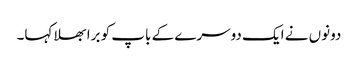
دونوں نے ایک دوسرے کے باپ کو برا بھلا کہا۔